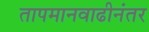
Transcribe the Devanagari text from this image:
तापमानवाढीनंतर